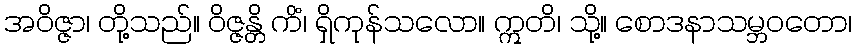
အဝိဇ္ဇာ၊ တို့သည်။ ဝိဇ္ဇန္တိ ကိံ၊ ရှိကုန်သလော။ ဣတိ၊ သို့။ စောဒနာသမ္ဘဝတော၊